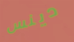
دينس